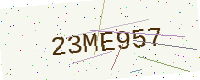
Text: 23ME957